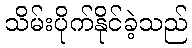
သိမ်းပိုက်နိုင်ခဲ့သည်